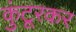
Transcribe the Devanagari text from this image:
कुंटूरकर